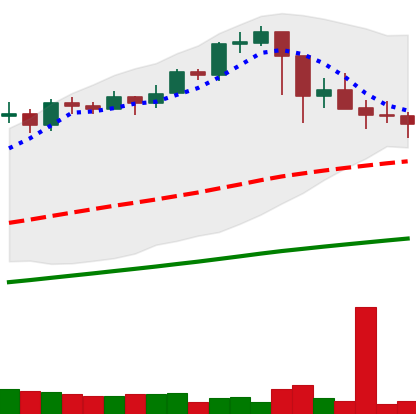
Ticker: BTC-USD
Chart end date: 2021-02-28
Forward return: 8.396%
Label: up_7plus